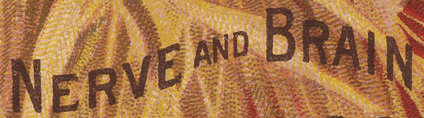
NERVE AND BRAIN